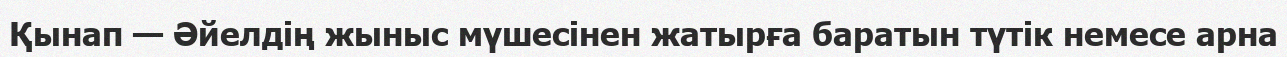
Қынап — Әйелдің жыныс мүшесінен жатырға баратын түтік немесе арна